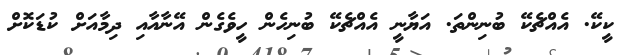
ކީކޭ. އެއްޗެކޭ ބުނިންތަ. އަޔާނީ އެއްޗެކޭ ބުނިހެން ހީވެގެން އޭނާއާއި ދިމާއަށް ކުޑަކޮށް